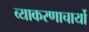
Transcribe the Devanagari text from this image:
व्याकरणाचार्यो